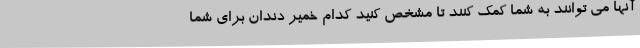
آنها می توانند به شما کمک کنند تا مشخص کنید کدام خمیر دندان برای شما